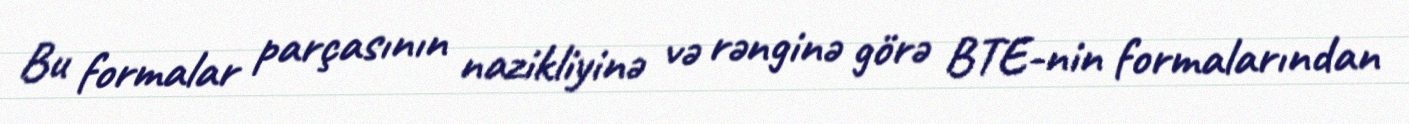
Bu formalar parçasının nazikliyinə və rənginə görə BTE-nin formalarından